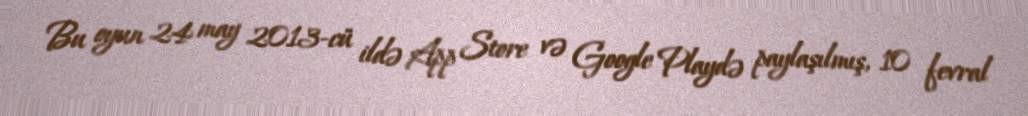
Bu oyun 24 may 2013-cü ildə App Store və Google Playdə paylaşılmış, 10 fevral